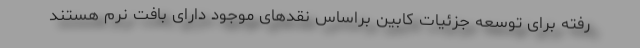
رفته برای توسعه جزئیات کابین براساس نقدهای موجود دارای بافت نرم هستند